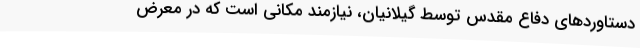
دستاوردهای دفاع مقدس توسط گیلانیان، نیازمند مکانی است که در معرض